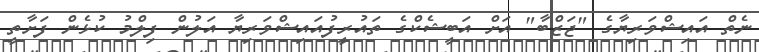
ނެތް އައިޝްވަރިޔާގެ "ޖަޒްބާ" އަށް އަބީޝެކްގެ ތައުރީފުއައިޝްވަރިޔާ އަލުން ފިލްމު ކުޅެން ފަށާތީ